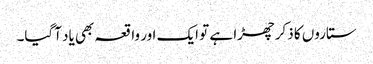
ستاروں کا ذکر چھڑا ہے تو ایک اور واقعہ بھی یاد آگیا۔